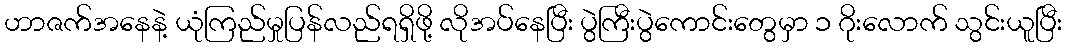
ဟာဇက်အနေနဲ့ ယုံကြည်မှုပြန်လည်ရရှိဖို့ လိုအပ်နေပြီး ပွဲကြီးပွဲကောင်းတွေမှာ ၁ ဂိုးလောက် သွင်းယူပြီး